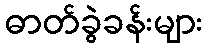
ဓာတ်ခွဲခန်းများ